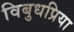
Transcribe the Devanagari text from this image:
विबुधप्रिया